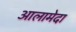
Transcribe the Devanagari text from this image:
आलामेदा